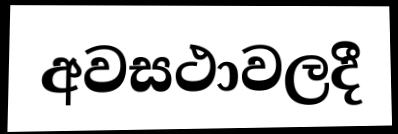
අවසථාවලදී